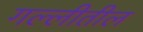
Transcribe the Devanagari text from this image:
गल्लीतील